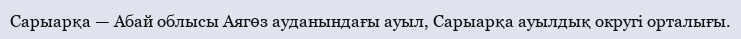
Сарыарқа — Абай облысы Аягөз ауданындағы ауыл, Сарыарқа ауылдық округі орталығы.